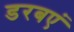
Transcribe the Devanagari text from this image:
डरबएं